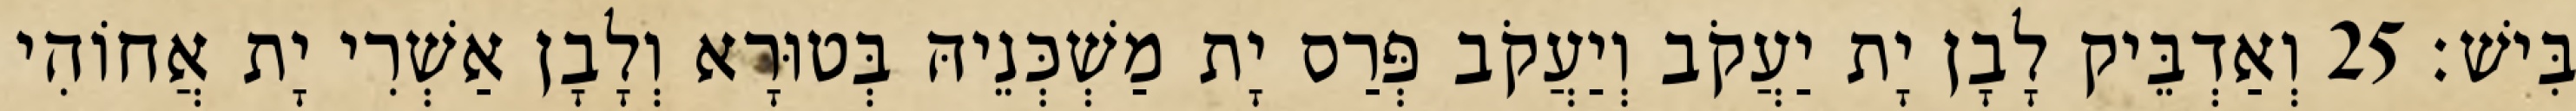
בִּישׁ׃ 25 וְאַדְבֵּיק לָבָן יָת יַעֲקֹב וְיַעֲקֹב פְּרַס יָת מַשְׁכְּנֵיהּ בְּטוּרָא וְלָבָן אַשְׁרִי יָת אֲחוֹהִי